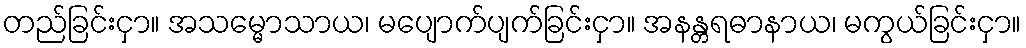
တည်ခြင်းငှာ။ အသမ္မောသာယ၊ မပျောက်ပျက်ခြင်းငှာ။ အနန္တရဓာနာယ၊ မကွယ်ခြင်းငှာ။